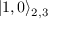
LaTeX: | 1 , 0 \rangle _ { 2 , 3 }